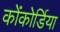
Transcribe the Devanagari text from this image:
कोंकोर्डिया